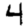
Digit: 4